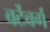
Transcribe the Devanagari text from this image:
वर्टेबर्ग